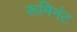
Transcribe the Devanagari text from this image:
रूमिनंट